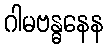
ဂါမဗန္ဓနေန